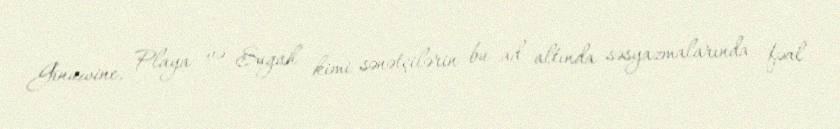
Ginuwine, Playa və Sugah kimi sənətçilərin bu ad altında səsyazmalarında fəal